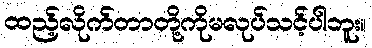
ထည့်လိုက်တာတို့ကိုမလုပ်သင့်ပါဘူး။